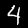
Digit: 4